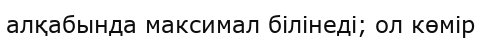
алқабында максимал білінеді; ол көмір